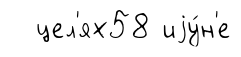
цел'ях58 иjу́н'е